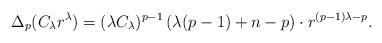
LaTeX: \begin{align*} \Delta_p (C_\lambda r^\lambda) = (\lambda C_\lambda)^{p-1} \,(\lambda (p-1) + n-p)\cdot r^{(p-1) \lambda - p}.\end{align*}